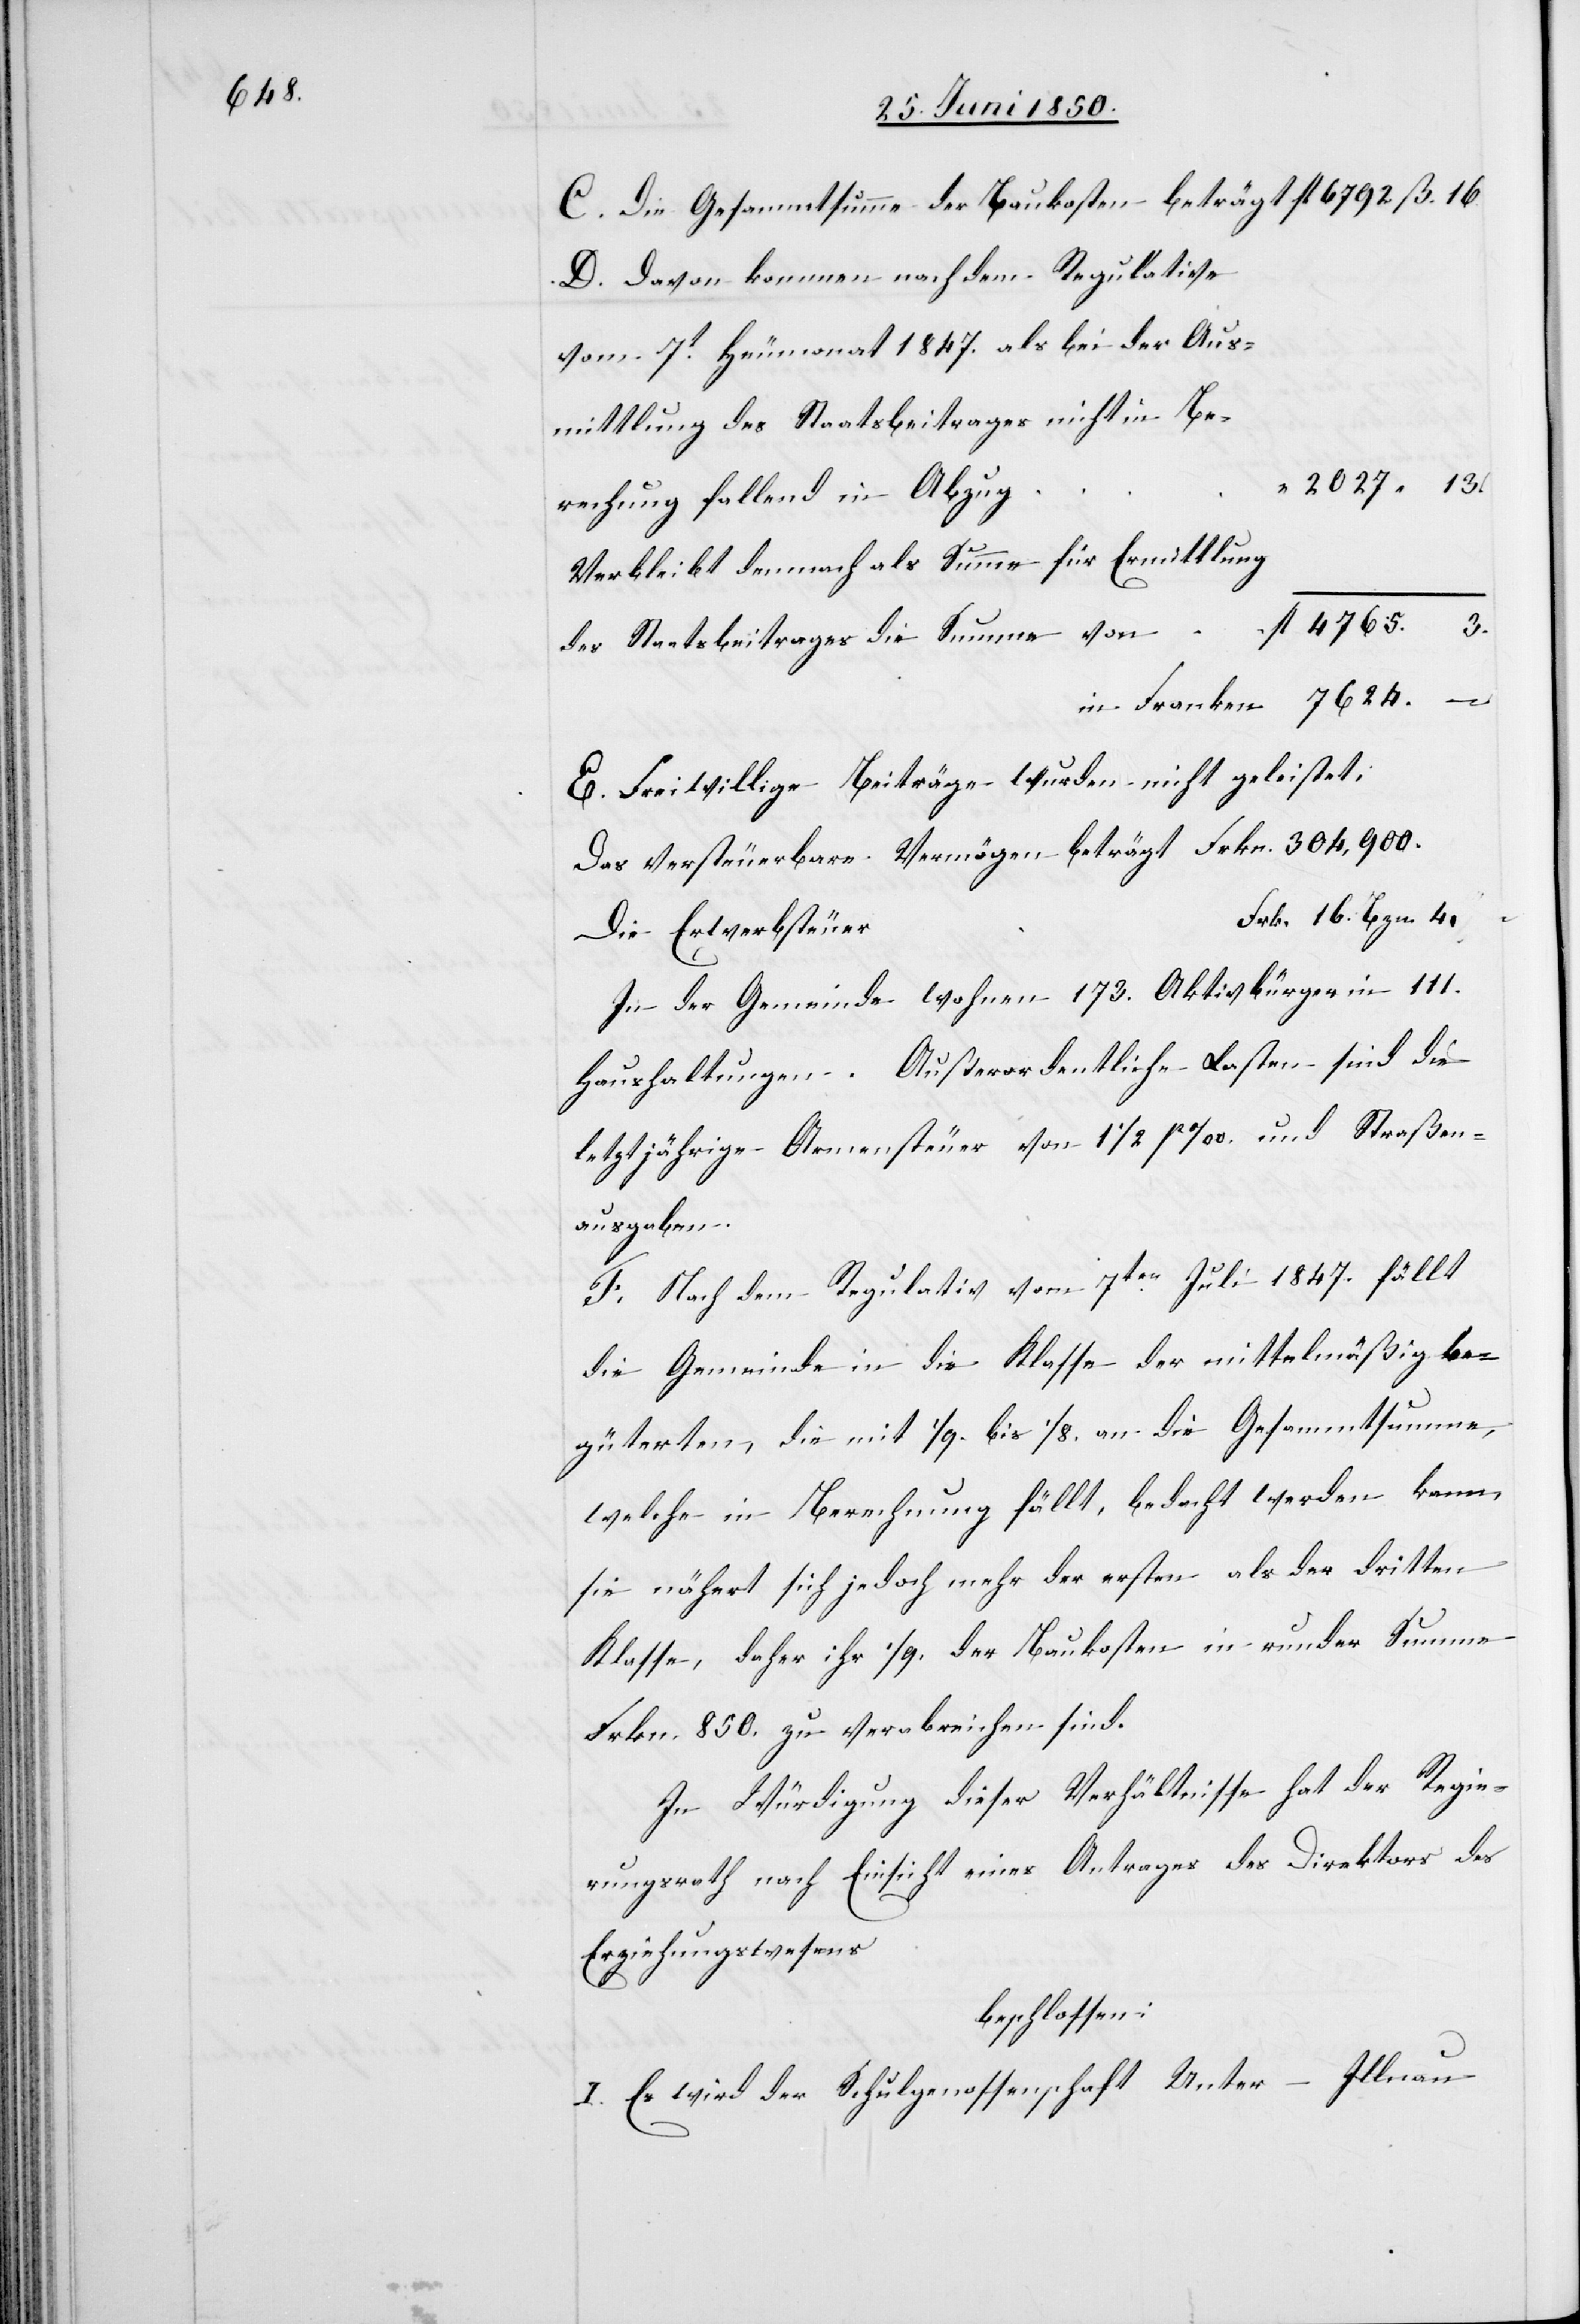
C. Die Gesammtsumme der Baukosten beträgt 					fl 6792
D. Davon kommen nach dem Regulative
vom 7t Heumonat 1847. als bei der Aus¬
mittlung des Staatsbeitrages nicht in Be¬
rechnung fallend in Abzu¬
Verbleibt demnach als Summe für Ermittlung
des Staatsbeitrages die Summe von						fl
in Franken 7624.	–
E. Freiwillige Beiträge wurden nicht geleistet;
Das Versteuerbare Vermögen beträgt 				Frkn. 304,900.
In der Gemeinde wohnen 173. Aktivbürger in 111.
Haushaltungen. Außerordentliche Lasten sind die
letztjährige Armensteuer von 1 1/2 %. und Straßen¬
ausgaben.
F. Nach dem Regulativ vom 7ten Juli 1847. fällt
die Gemeinde in die Klasse der mittelmäßig be¬
güterten, die mit 1/9. bis 1/8. an die Gesammtsumme,
welche in Berechnung fällt, bedacht werden kann,
sie nähert sich jedoch mehr der ersten als der dritten
Klasse, daher ihr 1/9. der Baukosten in runder Summe
Frkn. 850. zu verabreichen sind.
In Würdigung dieser Verhältnisse hat der Regie¬
rungsrath nach Einsicht eines Antrages des Direktors des
Erziehungswesens
beschlossen:
I. Es wird der Schulgenossenschaft Unter-Illnau

g						“